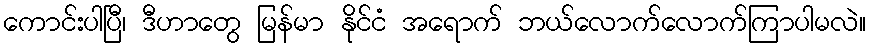
ကောင်းပါပြီ၊ ဒီဟာတွေ မြန်မာ နိုင်ငံ အရောက် ဘယ်လောက်လောက်ကြာပါမလဲ။